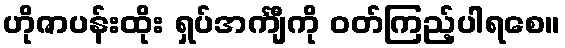
ဟိုဇာပန်းထိုး ရှပ်အင်္ကျီကို ဝတ်ကြည့်ပါရစေ။